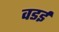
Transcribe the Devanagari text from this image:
वडई